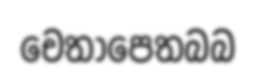
චෙතාපෙතබබ